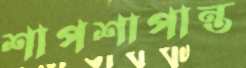
শাপশাপান্ত